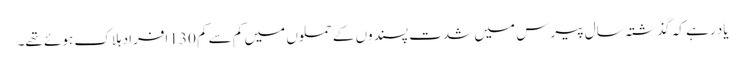
یاد رہے کہ گذشتہ سال پیرس میں شدت پسندوں کے حملوں میں کم سے کم 130 افراد ہلاک ہوئے تھے۔